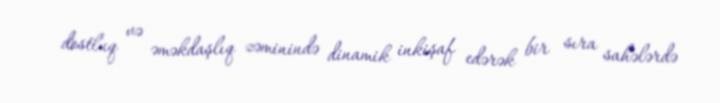
dostluq və əməkdaşlıq zəminində dinamik inkişaf edərək bir sıra sahələrdə